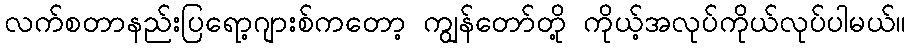
လက်စတာနည်းပြရော့ဂျားစ်ကတော့ ကျွန်တော်တို့ ကိုယ့်အလုပ်ကိုယ်လုပ်ပါမယ်။